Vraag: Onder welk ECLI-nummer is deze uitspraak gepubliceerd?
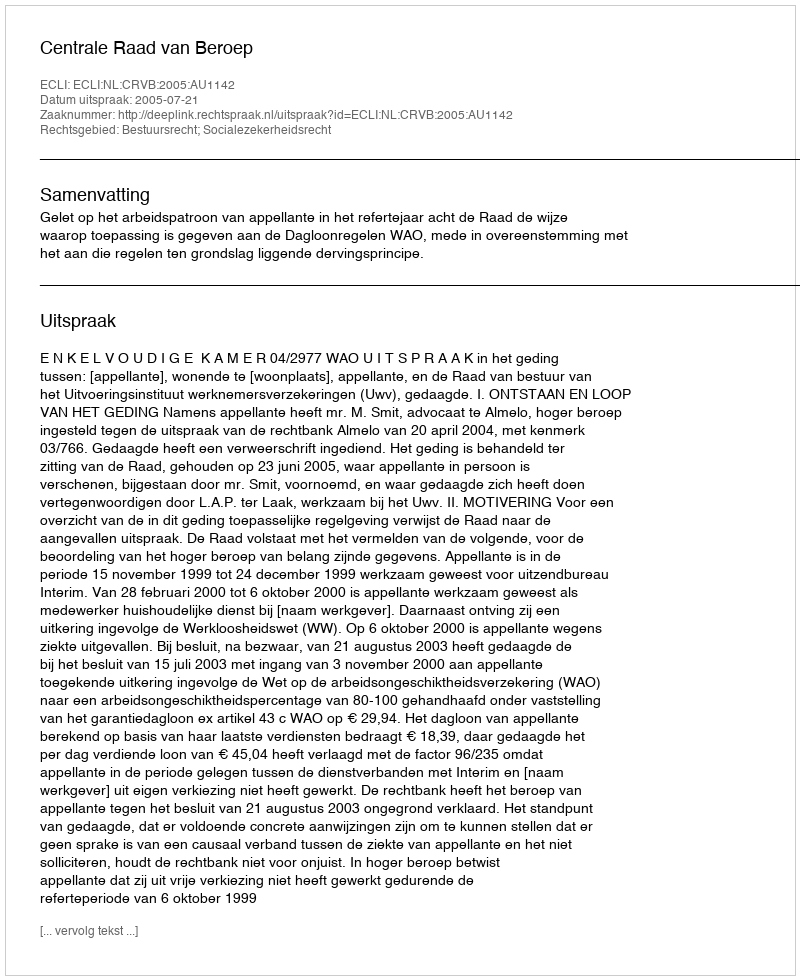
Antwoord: ECLI:NL:CRVB:2005:AU1142